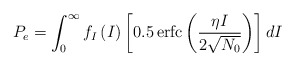
\begin{align*}{{P}_{e}}=\int_{0}^{\infty }{{{f}_{I}}\left( I \right)}\left[ 0.5\operatorname{erfc}\left( \frac{\eta I}{2\sqrt{{{N}_{0}}}} \right) \right]dI\end{align*}